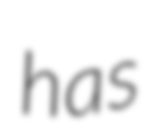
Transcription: has